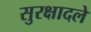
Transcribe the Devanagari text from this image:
सुरक्षादले